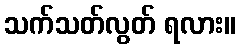
သက်သတ်လွတ် ရလား။